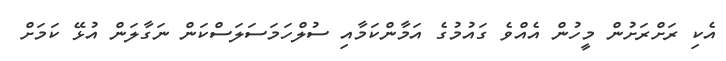
އެކި ރަށްރަށުން މީހުން އެއްވެ ގައުމުގެ އަމާންކަމާއި ސުލްހަމަސަލަސްކަން ނަގާލަން އުޅޭ ކަމަށް